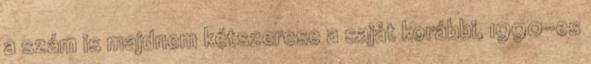
a szám is majdnem kétszerese a saját korábbi, 1990-es